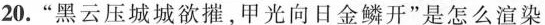
20.”黑云压城城欲摧，甲光向日金鳞开”是怎么渲染